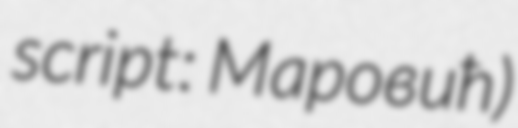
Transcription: script: Маровић)